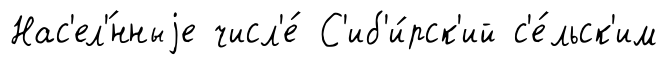
Нас'ел'́нныjе числ'е́ С'иб'и́рск'ий с'е́льск'им